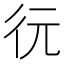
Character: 𢓆